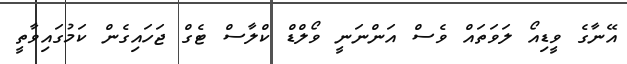
އޭނާގެ ވީޑިއޯ ލަވަތައް ވެސް އަންނަނީ ވޯލްޑް ކްލާސް ޓެގް ޖަހައިގެން ކަމުގައިވާތީ